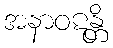
အနာဝဋန္တိ